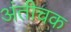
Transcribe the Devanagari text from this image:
अंतीचक